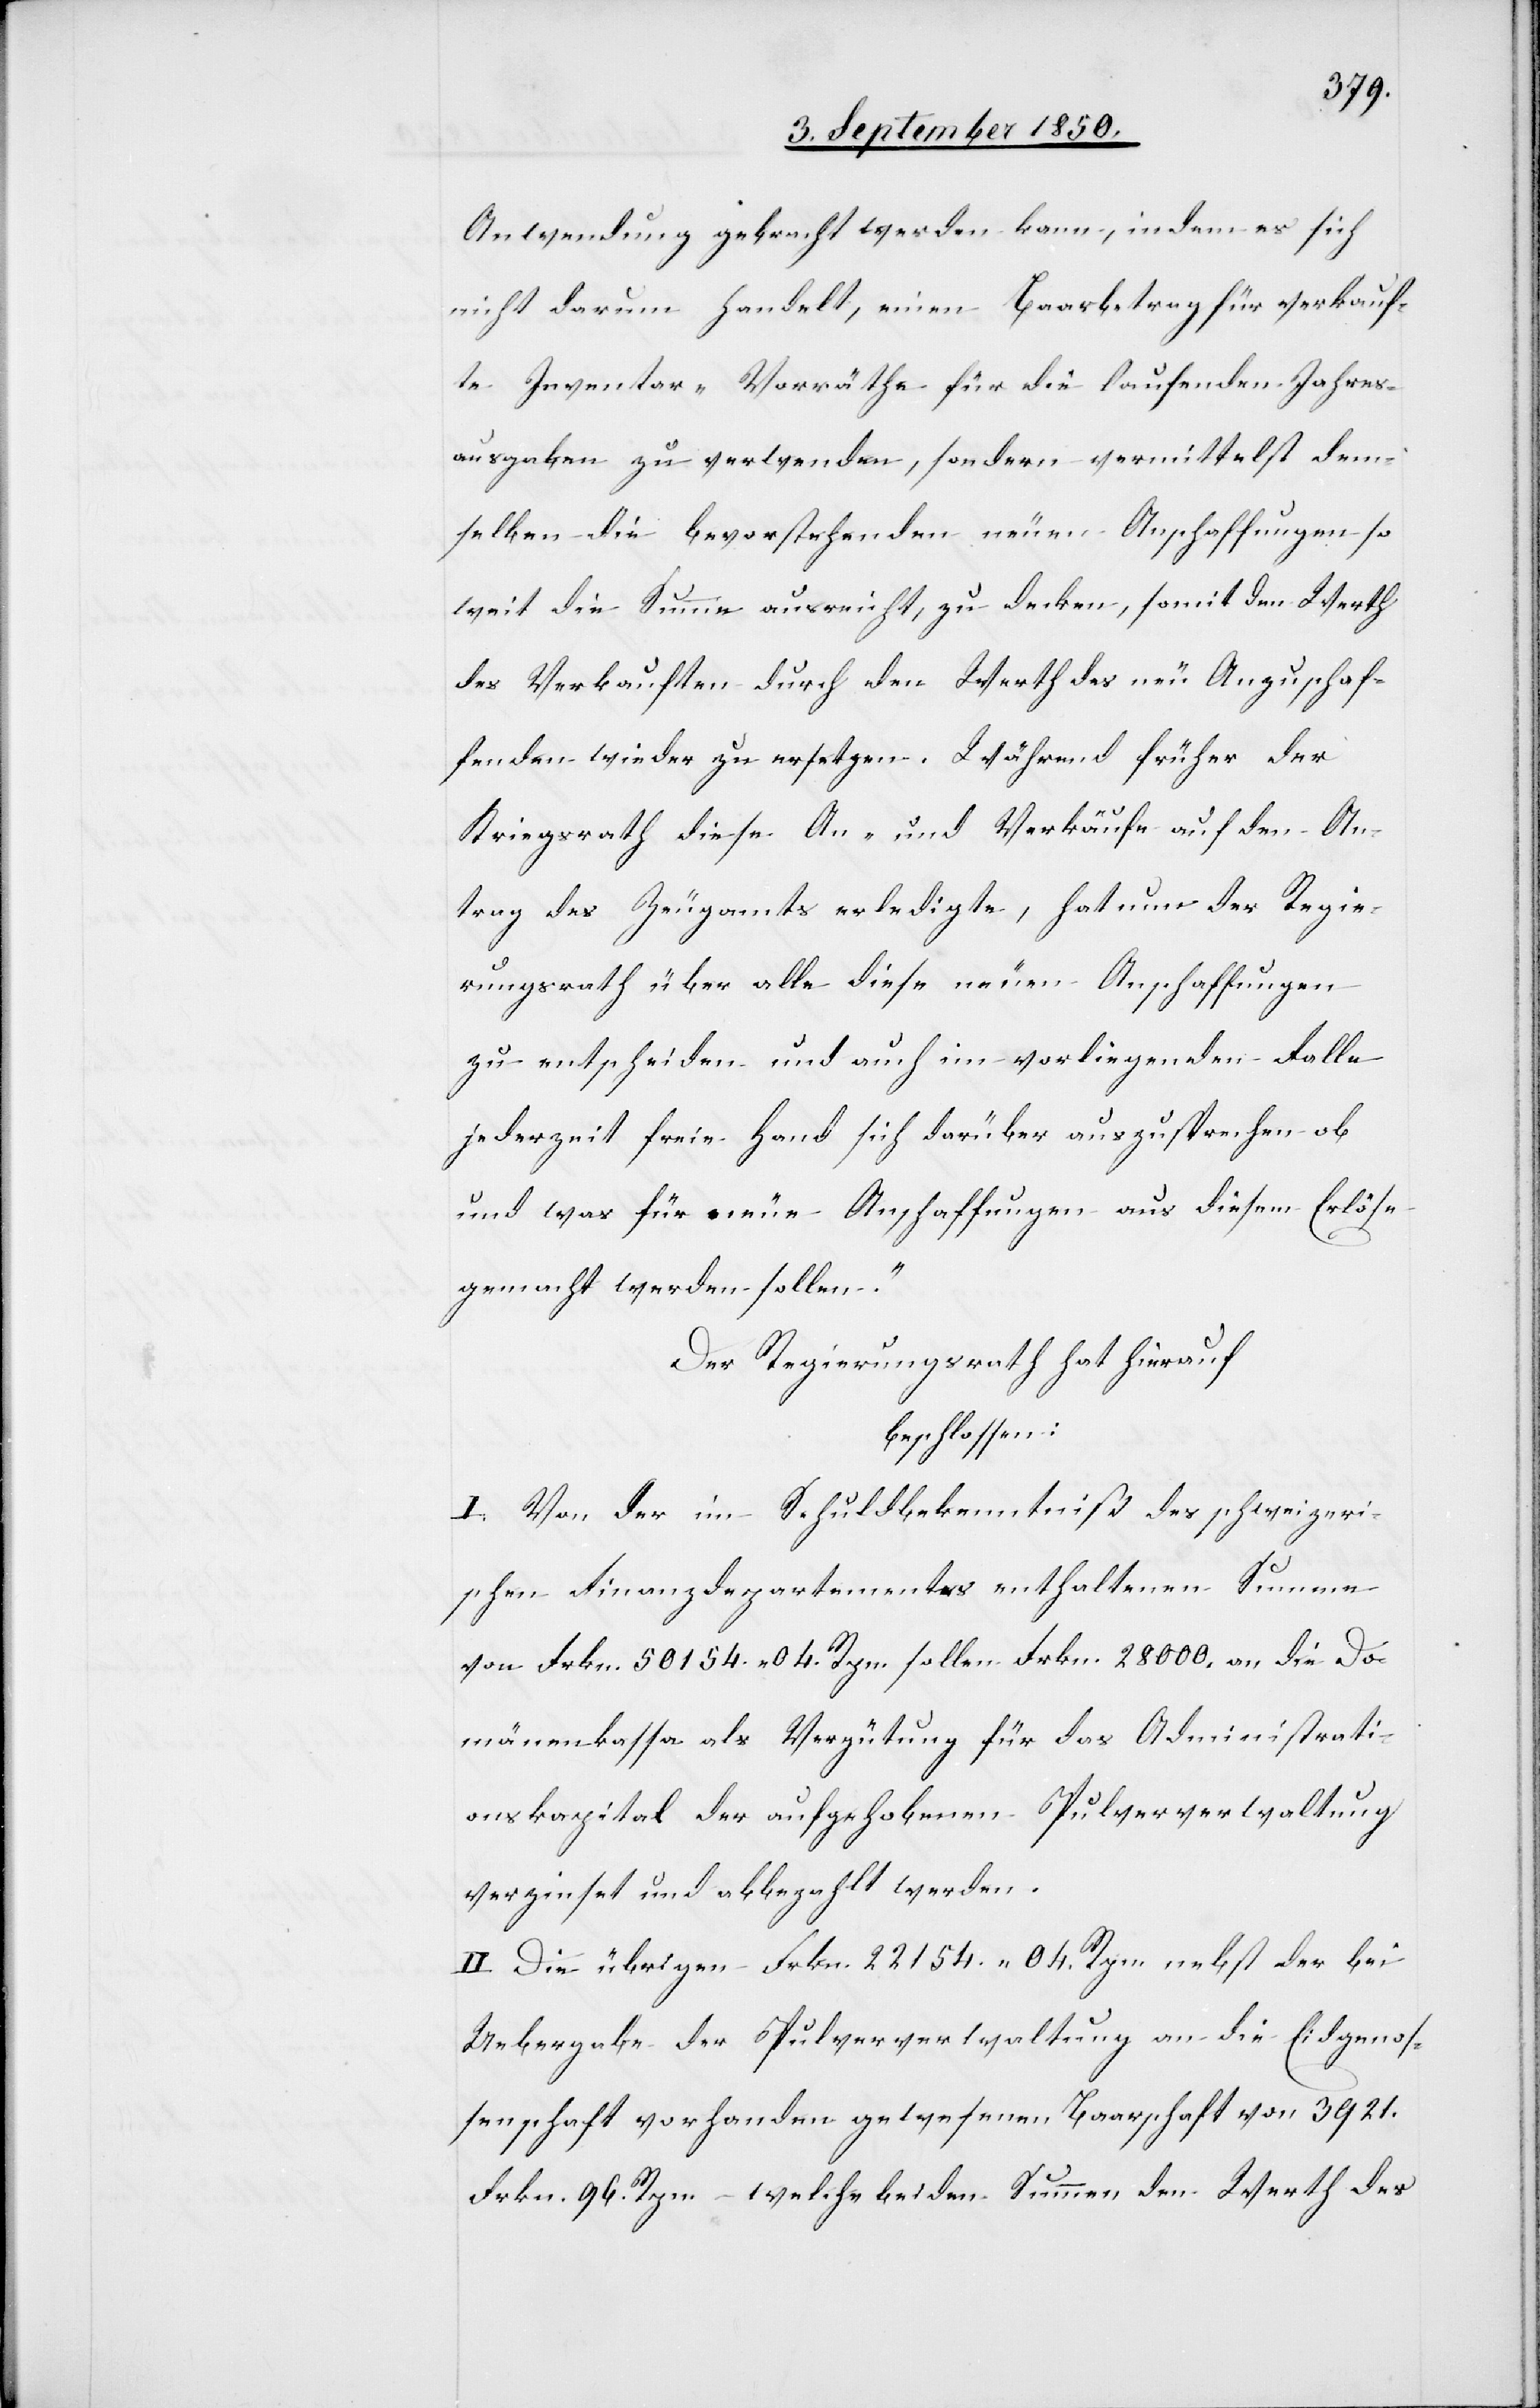
Anwendung gebracht werden kann, indem es sich
nicht darum handelt, einen Baarbetrag für verkauf¬
te Inventar-Vorräthe für die laufenden Jahres¬
ausgaben zu verwenden, sondern vermittelst dem¬
selben die bevorstehenden neuen Anschaffungen so
weit die Summe ausreicht, zu decken, somit den Werth
des Verkauften durch den Werth des neu Anzuschaf¬
fenden wieder zu ersetzen. Während früher der
Kriegsrath diese An- und Verkäufe auf den An¬
trag des Zeugamts erledigte, hat nun der Regie¬
rungsrath über alle diese neuen Anschaffungen
zu entscheiden und auch im vorliegenden Falle
jederzeit freie Hand sich darüber auszusprechen ob
und was für neue Anschaffungen aus diesem Erlöse
gemacht werden sollen.“
Der Regierungsrath hat hierauf
beschlossen:
I. Von der im Schuldbekenntniß des schweizeri¬
schen Finanzdepartementes enthaltenen Summe
von Frkn. 50 154. 04. Rpn. sollen Frkn. 28 000. an die Do¬
mänenkassa als Vergütung für das Administrati¬
onskapital der aufgehobenen Pulververwaltung
verzinset und abbezahlt werden.
II. Die übrigen Frkn. 22 154. 04. Rpn. nebst der bei
Uebergabe der Pulververwaltung an die Eidgenos¬
senschaft vorhanden gewesenen Baarschaft von 3921.
Frkn. 96. Rpn. – welche bei den Summen den Werth des